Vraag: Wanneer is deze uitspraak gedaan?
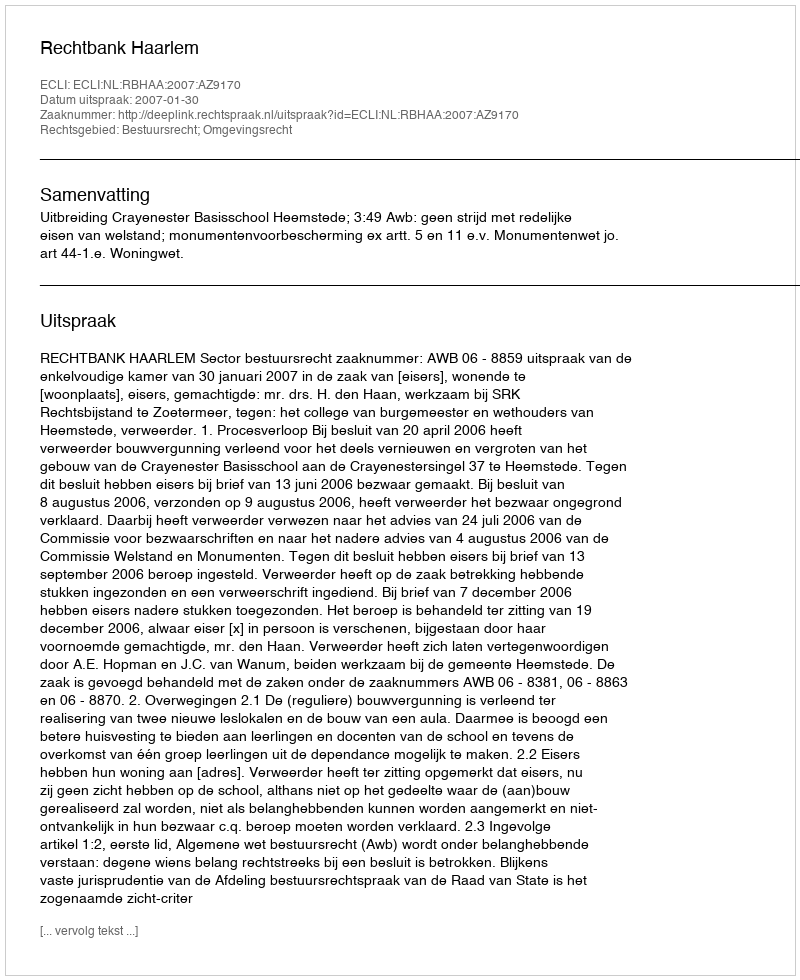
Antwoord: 2007-01-30